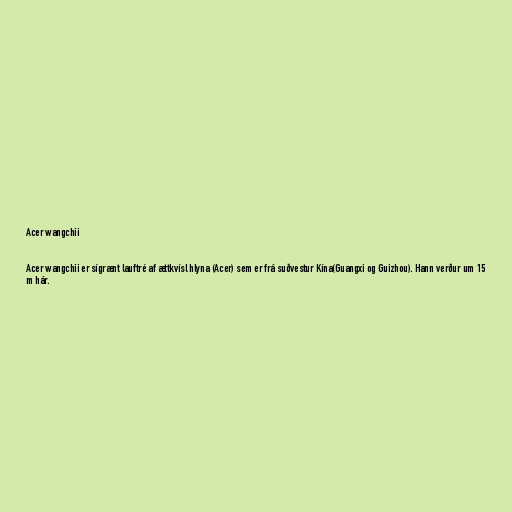
Acer wangchii

Acer wangchii er sígrænt lauftré af ættkvísl hlyna (Acer) sem er frá suðvestur Kína(Guangxi og Guizhou). Hann verður um 15
m hár.